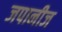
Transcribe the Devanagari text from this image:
जपानीज